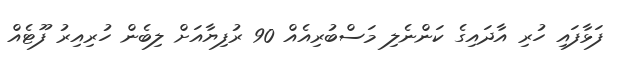
ފަޅާފައި ހުރި އާދައިގެ ކަންނެލި މަސްބުރިއެއް 90 ރުފިޔާއަށް ލިބެން ހުރިއިރު ފޫޓެއް